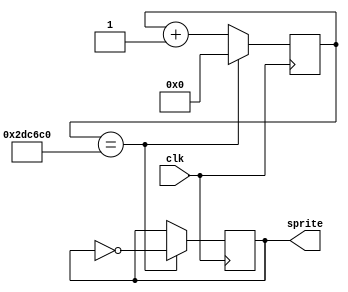
`timescale 1ns / 1ps

module dinosprite(
    input clk,
    output reg sprite
    );
    
    //Initialize counter
    reg [23:0] runner;
    
    //Initialize values
    initial begin
        runner <= 24'b0;
        sprite <= 1'b0;
    end

    //Main block, alternates the runner boolean value approximately every 230 milliseconds
    always@(posedge clk)begin
        runner <= runner + 1;
        if(runner == 3000000)begin
            sprite <= !sprite;
            runner <= 25'b0;
        end
    end //End block
    
    
endmodule